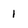
Character: 1